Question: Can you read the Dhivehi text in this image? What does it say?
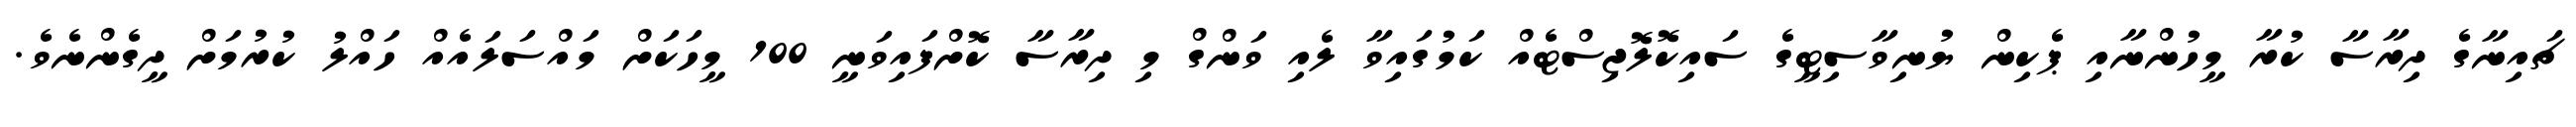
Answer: ޗައިނާގެ ދިރާސާ ކުރާ މީހުންނާއި ޕެކިން ޔުނިވާސިޓީގެ ސައިކޮލޮޖިސްޓެއް ކަމުގައިވާ ލެއި ވަންގް މި ދިރާސާ ކޮށްފައިވަނީ 100 މީހަކަށް މައްސަލައެއް ހައްލު ކުރުމަށް ދީގެންނެވެ.